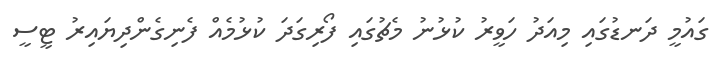
ގައުމީ ދަނޑުގައި މިއަދު ހަވީރު ކުޅުނު މެޗުގައި ފޯރިގަދަ ކުޅުމެއް ފެނިގެންދިޔައިރު ޓީސީ